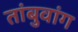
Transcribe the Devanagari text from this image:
तांबुवांग